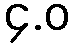
၄.ဝ